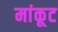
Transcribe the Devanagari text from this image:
मांकूट